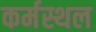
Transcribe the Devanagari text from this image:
कर्मस्थल